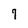
Character: 7